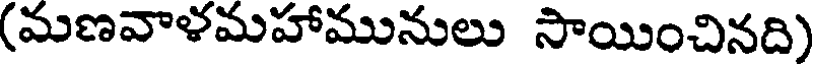
(మణవాళమహామునులు సాయించినది)